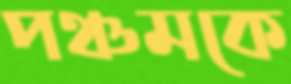
পঞ্চমকে